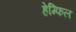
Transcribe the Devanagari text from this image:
हेम्फिल